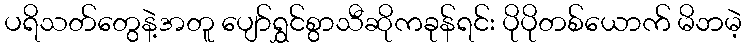
ပရိသတ်တွေနဲ့အတူ ပျော်ရွှင်စွာသီဆိုကခုန်ရင်း ပိုပိုတစ်ယောက် မိဘမဲ့